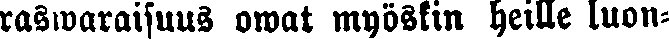
raswaraisuus owat myöskin heille luon-